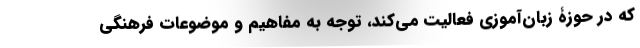
که در حوزۀ زبان‌آموزی فعالیت می‌کند، توجه به مفاهیم و موضوعات فرهنگی